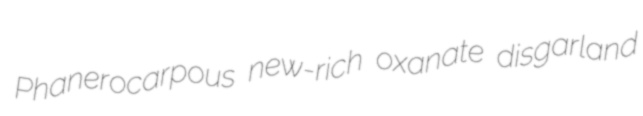
Phanerocarpous new-rich oxanate disgarland